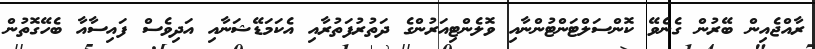
ރާއްޖެއިން ބޭރުން ގެނެވޭ ކޮންސަލްޓަންޓުންނާއި ވޮލެންޓިއަރުންގެ ދަތުރުފަތުރާއި އެކަމަޑޭޝަނާއި އަދިވެސް ފައިސާއާ ބެހޭގޮތުން